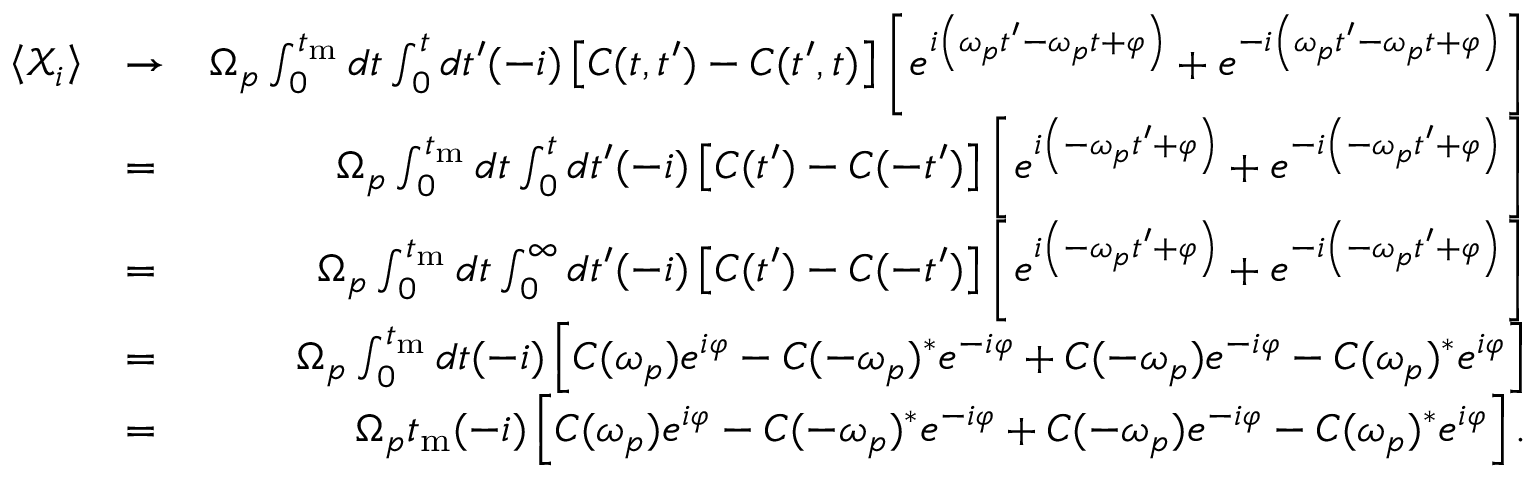
\begin{array} { r l r } { \left< { \mathcal X } _ { i } \right> } & { \rightarrow } & { \Omega _ { p } \int _ { 0 } ^ { t _ { \mathrm { m } } } d t \int _ { 0 } ^ { t } d t ^ { \prime } ( - i ) \left[ C ( t , t ^ { \prime } ) - C ( t ^ { \prime } , t ) \right] \left[ e ^ { i \left( \omega _ { p } t ^ { \prime } - \omega _ { p } t + \varphi \right) } + e ^ { - i \left( \omega _ { p } t ^ { \prime } - \omega _ { p } t + \varphi \right) } \right] } \\ & { = } & { \Omega _ { p } \int _ { 0 } ^ { t _ { \mathrm { m } } } d t \int _ { 0 } ^ { t } d t ^ { \prime } ( - i ) \left[ C ( t ^ { \prime } ) - C ( - t ^ { \prime } ) \right] \left[ e ^ { i \left( - \omega _ { p } t ^ { \prime } + \varphi \right) } + e ^ { - i \left( - \omega _ { p } t ^ { \prime } + \varphi \right) } \right] } \\ & { = } & { \Omega _ { p } \int _ { 0 } ^ { t _ { \mathrm { m } } } d t \int _ { 0 } ^ { \infty } d t ^ { \prime } ( - i ) \left[ C ( t ^ { \prime } ) - C ( - t ^ { \prime } ) \right] \left[ e ^ { i \left( - \omega _ { p } t ^ { \prime } + \varphi \right) } + e ^ { - i \left( - \omega _ { p } t ^ { \prime } + \varphi \right) } \right] } \\ & { = } & { \Omega _ { p } \int _ { 0 } ^ { t _ { \mathrm { m } } } d t ( - i ) \left[ C ( \omega _ { p } ) e ^ { i \varphi } - C ( - \omega _ { p } ) ^ { * } e ^ { - i \varphi } + C ( - \omega _ { p } ) e ^ { - i \varphi } - C ( \omega _ { p } ) ^ { * } e ^ { i \varphi } \right] } \\ & { = } & { \Omega _ { p } t _ { \mathrm { m } } ( - i ) \left[ C ( \omega _ { p } ) e ^ { i \varphi } - C ( - \omega _ { p } ) ^ { * } e ^ { - i \varphi } + C ( - \omega _ { p } ) e ^ { - i \varphi } - C ( \omega _ { p } ) ^ { * } e ^ { i \varphi } \right] . } \end{array}